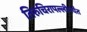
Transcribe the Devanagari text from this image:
तिरुचिरापल्लीपर्यंत